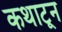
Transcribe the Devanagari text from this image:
कथाटून